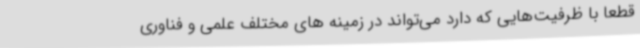
قطعا با ظرفیت‌هایی که دارد می‌تواند در زمینه های مختلف علمی و فناوری